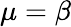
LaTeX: \mu=\beta